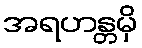
အရဟန္တမှိ